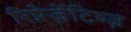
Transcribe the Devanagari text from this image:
रिप्रेज़ेंटिव्ज़